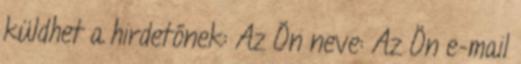
küldhet a hirdetőnek: Az Ön neve: Az Ön e-mail